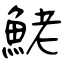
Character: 鮱